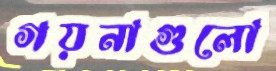
গয়নাগুলো